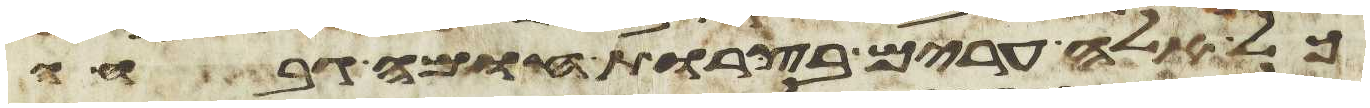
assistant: כל אלה ערים בצרות חומה גבחה